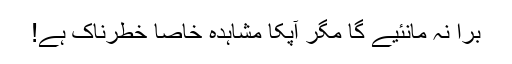
برا نہ مانئیے گا مگر آپکا مشاہدہ خاصا خطرناک ہے!